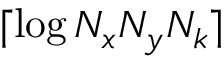
\lceil \log N _ { x } N _ { y } N _ { k } \rceil